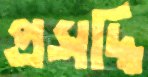
প্রসদ্ধি